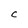
Character: C